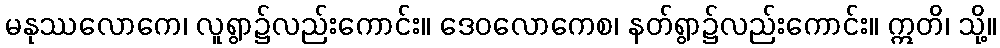
မနုဿလောကေ၊ လူရွာ၌လည်းကောင်း။ ဒေဝလောကေစ၊ နတ်ရွာ၌လည်းကောင်း။ ဣတိ၊ သို့။